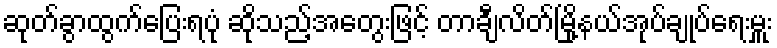
ဆုတ်ခွာထွက်ပြေးရပုံ ဆိုသည့်အတွေးဖြင့် တာချီလိတ်မြို့နယ်အုပ်ချုပ်ရေးမှူး